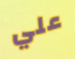
علي